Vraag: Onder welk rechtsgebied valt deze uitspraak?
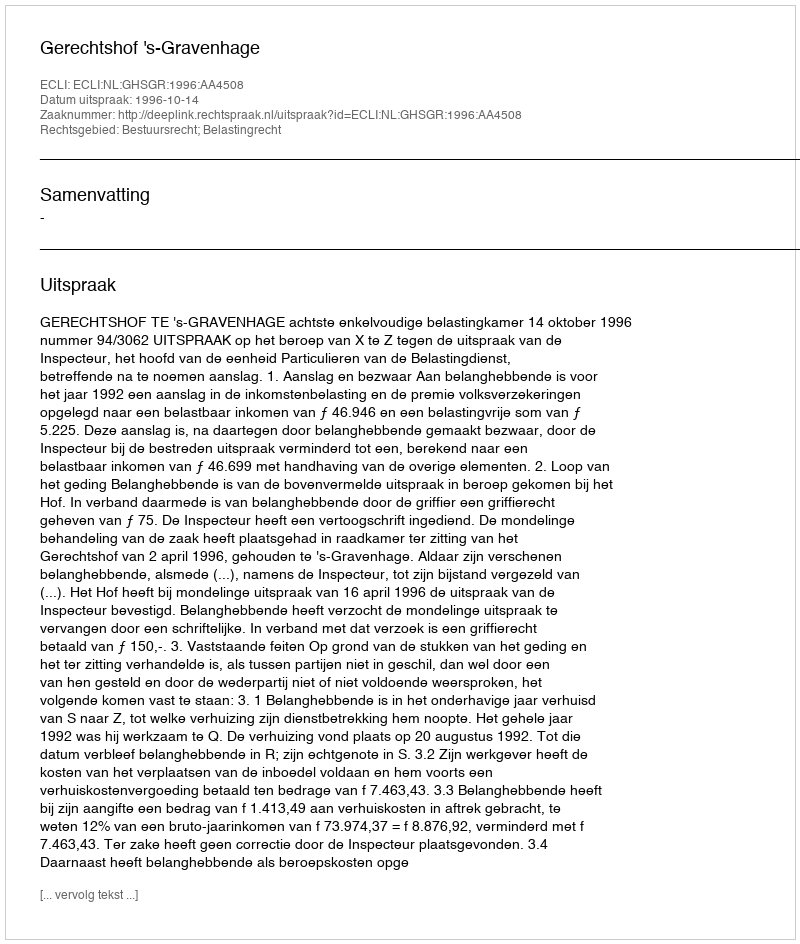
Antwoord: Bestuursrecht; Belastingrecht